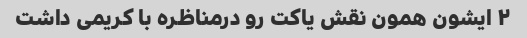
۲ ایشون همون نقش یاکت رو درمناظره با کریمی داشت